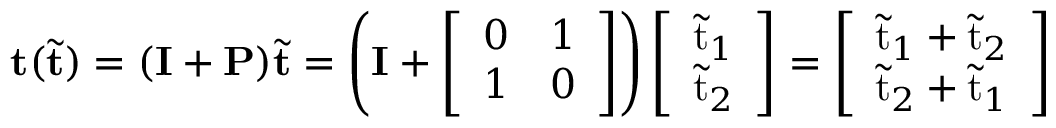
\mathbf { t } ( \tilde { \mathbf { t } } ) = ( \mathbf { I } + \mathbf { P } ) \tilde { \mathbf { t } } = \left( \mathbf { I } + \left[ \begin{array} { l l } { 0 } & { 1 } \\ { 1 } & { 0 } \end{array} \right] \right) \left[ \begin{array} { l } { \tilde { \mathrm { t } } _ { 1 } } \\ { \tilde { \mathrm { t } } _ { 2 } } \end{array} \right] = \left[ \begin{array} { l } { \tilde { \mathrm { t } } _ { 1 } + \tilde { \mathrm { t } } _ { 2 } } \\ { \tilde { \mathrm { t } } _ { 2 } + \tilde { \mathrm { t } } _ { 1 } } \end{array} \right]